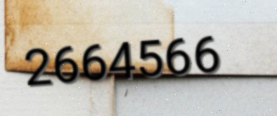
2664566